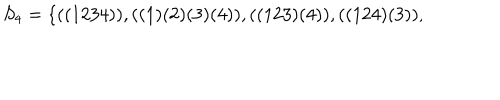
LaTeX: S _ { 4 } = \{ ( ( 1 2 3 4 ) ) , ( ( 1 ) ( 2 ) ( 3 ) ( 4 ) ) , ( ( 1 2 3 ) ( 4 ) ) , ( ( 1 2 4 ) ( 3 ) ) , \hspace { 1 i n }